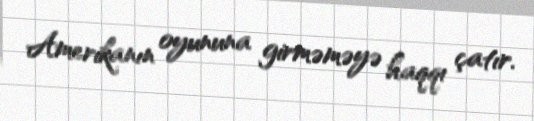
Amerikanın oyununa girməməyə haqqı çatır.